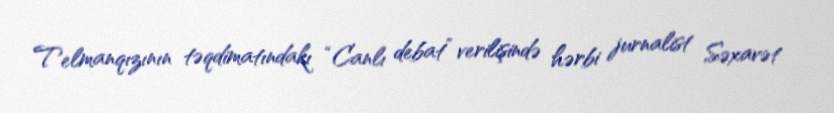
Telmanqızının təqdimatındakı “Canlı debat” verilişində hərbi jurnalist Səxavət